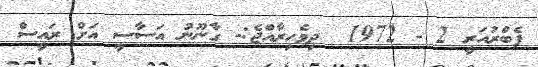
ފެބްރުއަރީ 2 - 1972  ދިވެހިރާއްޖެ:- ގާނޫނު އަސާސީ އަށް ރައީސް